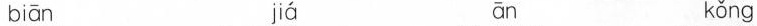
biān jiá ān kǒng